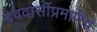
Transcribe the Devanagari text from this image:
देवदासींप्रमाणेच